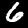
Label: 6